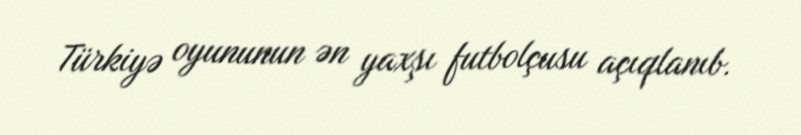
Türkiyə oyununun ən yaxşı futbolçusu açıqlanıb.